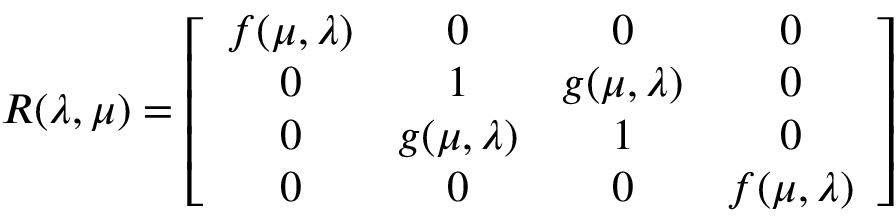
R ( \lambda , \mu ) = \left[ \begin{array} { c c c c } { { f ( \mu , \lambda ) } } & { { 0 } } & { { 0 } } & { { 0 } } \\ { { 0 } } & { { 1 } } & { { g ( \mu , \lambda ) } } & { { 0 } } \\ { { 0 } } & { { g ( \mu , \lambda ) } } & { { 1 } } & { { 0 } } \\ { { 0 } } & { { 0 } } & { { 0 } } & { { f ( \mu , \lambda ) } } \end{array} \right]